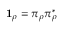
{ \bf 1 } _ { \rho } = \pi _ { \rho } \pi _ { \rho } ^ { * }